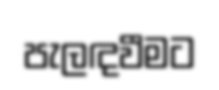
පැලඳවීමට